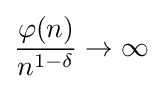
{\frac {\varphi (n)}{n^{1-\delta }}}\rightarrow \infty